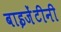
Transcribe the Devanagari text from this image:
बाइजेंटीनी